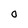
Character: O